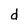
Character: d